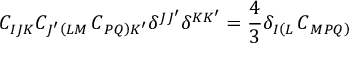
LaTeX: C _ { I J K } C _ { J ^ { \prime } \left( L M \right. } C _ { \left. P Q \right) K ^ { \prime } } \delta ^ { J J ^ { \prime } } \delta ^ { K K ^ { \prime } } = \frac { 4 } { 3 } \delta _ { I \left( L \right. } C _ { \left. M P Q \right) }